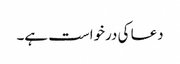
دعا کی درخواست ہے۔